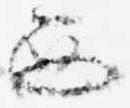
西